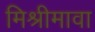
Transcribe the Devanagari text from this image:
मिश्रीमावा